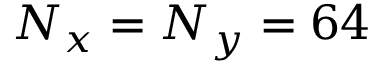
N _ { x } = N _ { y } = 6 4